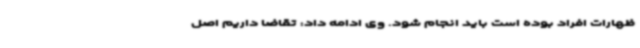
ظهارات افراد بوده است باید انجام شود. وی ادامه داد: تقاضا داریم اصل